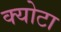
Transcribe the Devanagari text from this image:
क्योटा